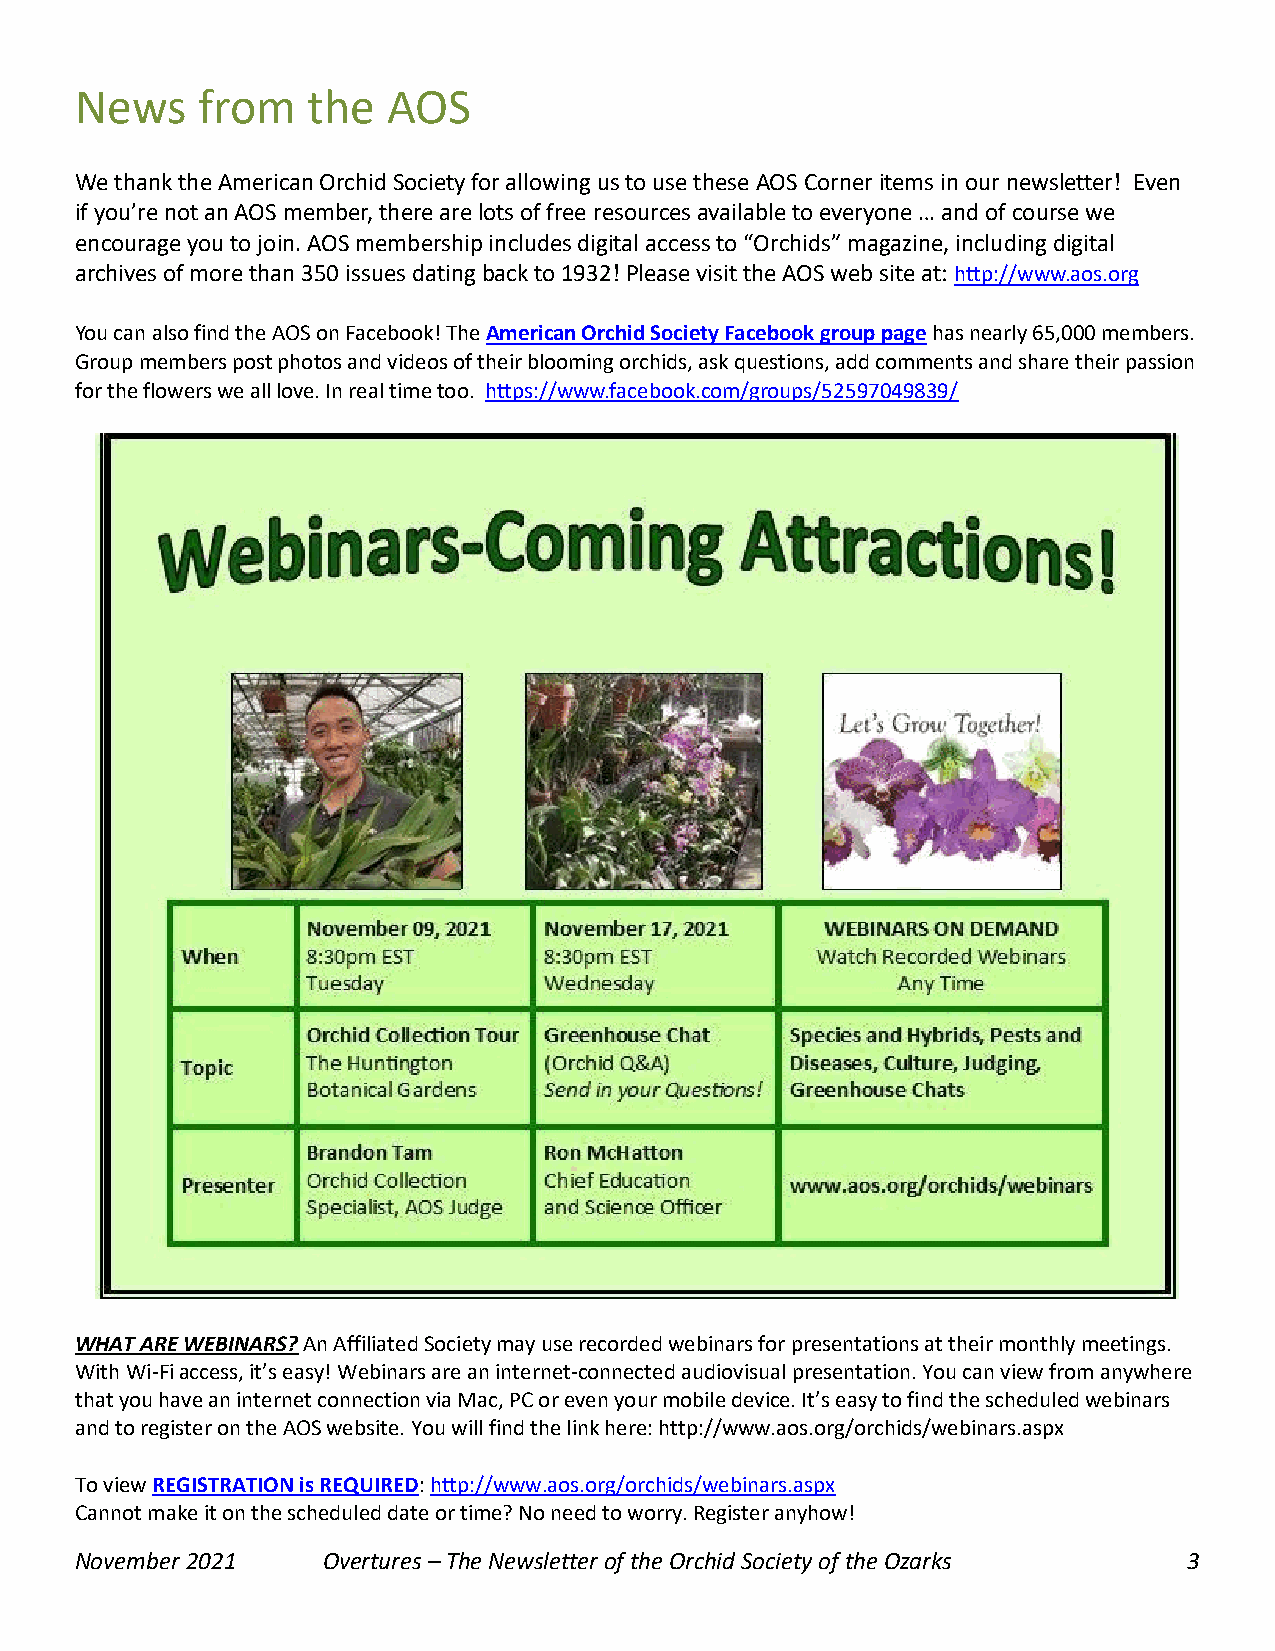
News    from   the   AOS
 We thank the American Orchid Society for allowing us to use these AOS Corner items in our newsletter! Even
 if you’re not an AOS member, there are lots of free resources available to everyone … and of course we
 encourage you to join. AOS membership includes digital access to “Orchids” magazine, including digital
 archives of more than 350 issues dating back to 1932! Please visit the AOS web site at: http://www.aos.org
 You can also find the AOS on Facebook! The American Orchid Society Facebook group page has nearly 65,000 members.
 Group members post photos and videos of their blooming orchids, ask questions, add comments and share their passion
 for the flowers we all love. In real time too. https://www.facebook.com/groups/52597049839/
 WHAT ARE WEBINARS? An Affiliated Society may use recorded webinars for presentations at their monthly meetings.
 With Wi-Fi access, it’s easy! Webinars are an internet-connected audiovisual presentation. You can view from anywhere
 that you have an internet connection via Mac, PC or even your mobile device. It’s easy to find the scheduled webinars
 and to register on the AOS website. You will find the link here: http://www.aos.org/orchids/webinars.aspx
 To view REGISTRATION is REQUIRED: http://www.aos.org/orchids/webinars.aspx
 Cannot make it on the scheduled date or time? No need to worry. Register anyhow!
 November 2021   Overtures – The Newsletter of the Orchid Society of the Ozarks 3